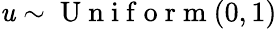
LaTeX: \mathit{u}\sim\mathrm{{~U~n~i~f~o~r~m~}}(0,1)